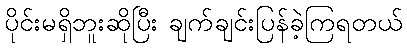
ပိုင်းမရှိဘူးဆိုပြီး ချက်ချင်းပြန်ခဲ့ကြရတယ်